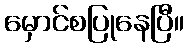
မှောင်စပြုနေပြီ။